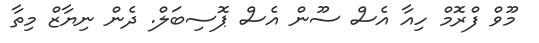
މޫވް ފްރޮމް ހިއާ އެސް ސޫން އެސް ޕޮސިބަލް. ދެން ނިޔާޒް މިތާ